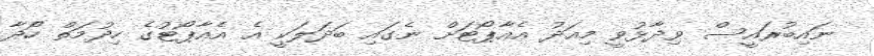
ނައިބުރައީސް ވިދާޅުވީ މިއަދު އެއާޕޯޓަށް ނެގައި ބަދަލަކީ އެ އެއާޕޯޓުގެ ހިދުމަތް ހޯދާ